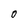
Character: 0